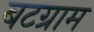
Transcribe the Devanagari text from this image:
बटग्राम